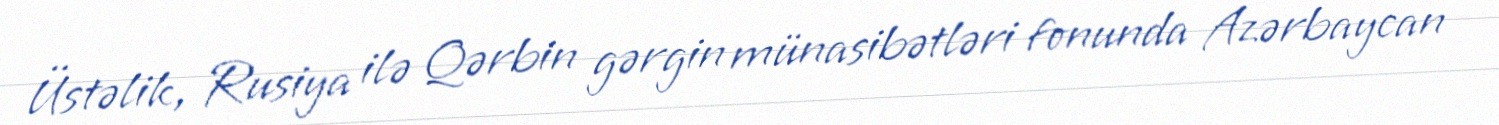
Üstəlik, Rusiya ilə Qərbin gərgin münasibətləri fonunda Azərbaycan